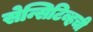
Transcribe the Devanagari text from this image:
सेन्सिटिव्हची